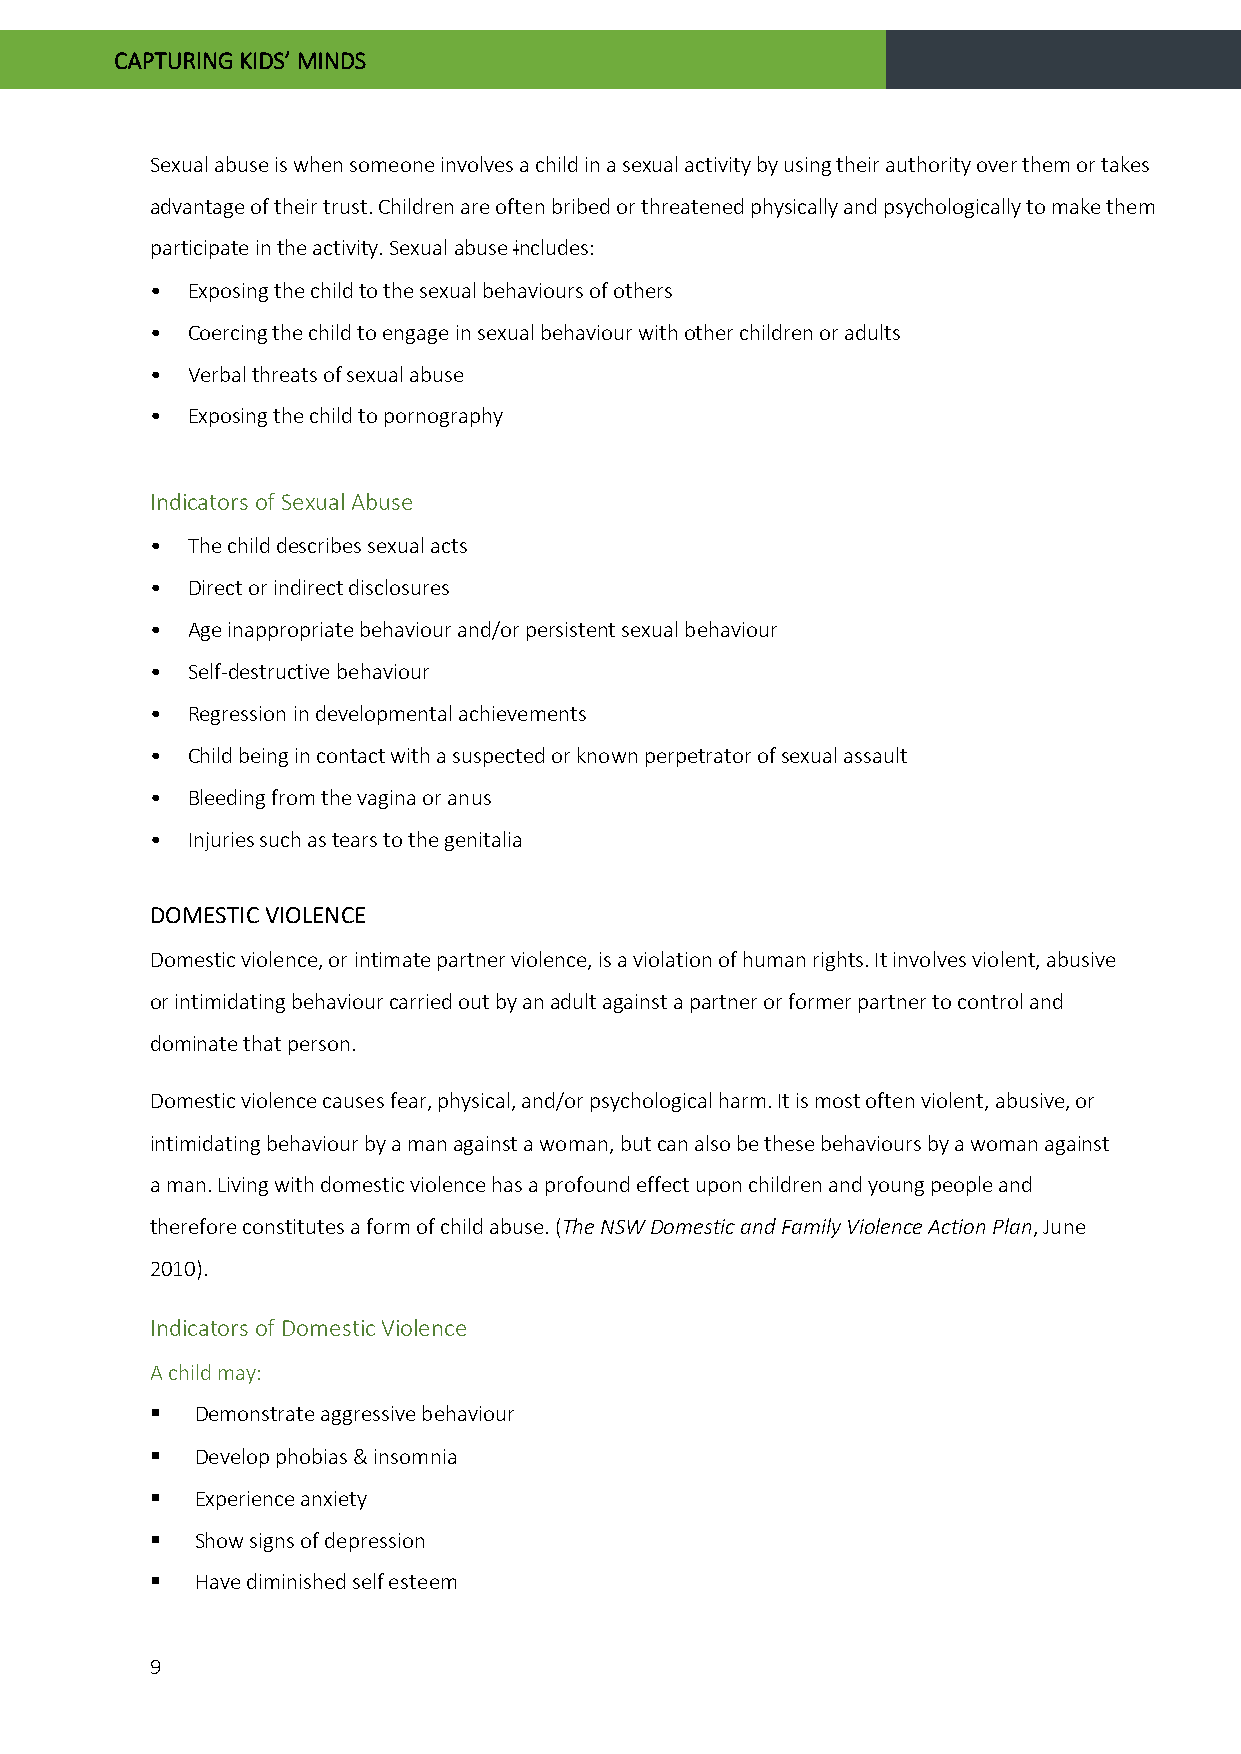
CAPTURING KIDS’ MINDS
 Sexual abuse is when someone involves a child in a sexual activity by using their authority over them or takes
 advantage of their trust. Children are often bribed or threatened physically and psychologically to make them
 participate in the activity. Sexual abuse includes:
 • Exposing the child to the sexual behaviours of others
 • Coercing the child to engage in sexual behaviour with other children or adults
 • Verbal threats of sexual abuse
 • Exposing the child to pornography
 Indicators of Sexual Abuse
 • The child describes sexual acts
 • Direct or indirect disclosures
 • Age inappropriate behaviour and/or persistent sexual behaviour
 • Self-destructive behaviour
 • Regression in developmental achievements
 • Child being in contact with a suspected or known perpetrator of sexual assault
 • Bleeding from the vagina or anus
 • Injuries such as tears to the genitalia
 DOMESTIC VIOLENCE
 Domestic violence, or intimate partner violence, is a violation of human rights. It involves violent, abusive
 or intimidating behaviour carried out by an adult against a partner or former partner to control and
 dominate that person.
 Domestic violence causes fear, physical, and/or psychological harm. It is most often violent, abusive, or
 intimidating behaviour by a man against a woman, but can also be these behaviours by a woman against
 a man. Living with domestic violence has a profound effect upon children and young people and
 therefore constitutes a form of child abuse. (The NSW Domestic and Family Violence Action Plan, June
 2010).
 Indicators of Domestic Violence
 A child may:
   Demonstrate aggressive behaviour
   Develop phobias & insomnia
   Experience anxiety
   Show signs of depression
   Have diminished self esteem
 9